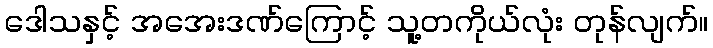
ဒေါသနှင့် အအေးဒဏ်ကြောင့် သူ့တကိုယ်လုံး တုန်လျက်။